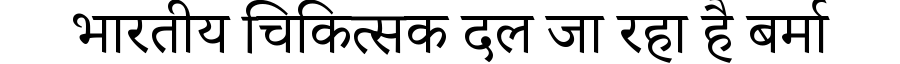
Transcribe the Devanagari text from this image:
भारतीय चिकित्सक दल जा रहा है बर्मा